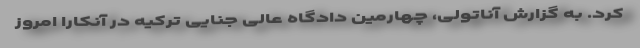
کرد. به گزارش آناتولی، چهارمین دادگاه عالی جنایی ترکیه در آنکارا امروز